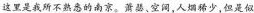
这里是我所不熟悉的南京。萧瑟、空阔,人烟稀少,但是似